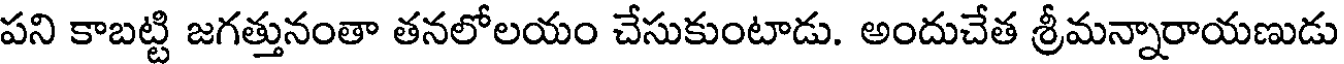
పని కాబట్టి జగత్తునంతా తనలోలయం చేసుకుంటాడు. అందుచేత శ్రీమన్నారాయణుడు